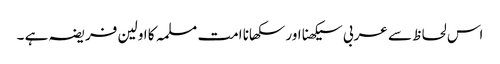
اس لحاظ سے عربی سیکھنا اور سکھانا امت مسلمہ کا اولین فریضہ ہے ۔